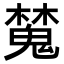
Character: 𣝹